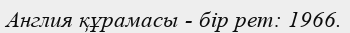
Англия құрамасы - бір рет: 1966.